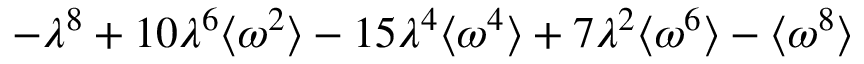
- \lambda ^ { 8 } + 1 0 \lambda ^ { 6 } \langle \omega ^ { 2 } \rangle - 1 5 \lambda ^ { 4 } \langle \omega ^ { 4 } \rangle + 7 \lambda ^ { 2 } \langle \omega ^ { 6 } \rangle - \langle \omega ^ { 8 } \rangle